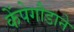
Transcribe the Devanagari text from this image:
केंपेगौडाने